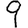
Digit: 9